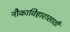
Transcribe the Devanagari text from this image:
नौकाविहारासाठी